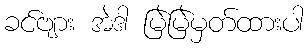
ခင်ဗျား အဲဒါ မြဲမြဲမှတ်ထားပါ